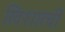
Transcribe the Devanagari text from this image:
खिशात्बी